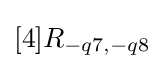
[4]R_{-q7,-q8}